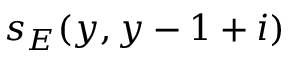
s _ { E } ( y , y - 1 + i )